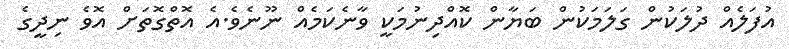
އުފަލެއް ދުލަކުން ގަލަމަކުން ބަޔާން ކޮއްދިނުމަކީ ވާނެކަމެއް ނޫނެވެ.އެ އޮތްގޮތަށް އޮވެ ނިދީގެ